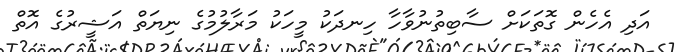
އަދި އެހެން ގޮތަކަށް ސާބިތުނުވާހާ ހިނދަކު މީހަކު މަރާލުމުގެ ނިޔަތް އަޝީރުގެ އޮތް